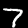
Label: 7